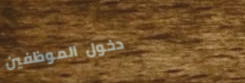
دخول الموظفين